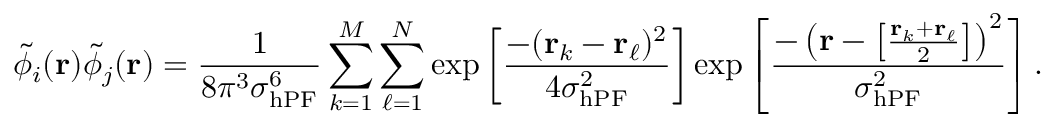
\tilde { \phi } _ { i } ( \mathbf { r } ) \tilde { \phi } _ { j } ( \mathbf { r } ) = \frac { 1 } { 8 \pi ^ { 3 } \sigma _ { \mathrm { h P F } } ^ { 6 } } \sum _ { k = 1 } ^ { M } \sum _ { \ell = 1 } ^ { N } \exp \left[ \frac { - ( \mathbf { r } _ { k } - \mathbf { r } _ { \ell } ) ^ { 2 } } { 4 \sigma _ { \mathrm { h P F } } ^ { 2 } } \right] \exp \left[ \frac { - \left( \mathbf { r } - \left[ \frac { \mathbf { r } _ { k } + \mathbf { r } _ { \ell } } { 2 } \right] \right) ^ { 2 } } { \sigma _ { \mathrm { h P F } } ^ { 2 } } \right] .